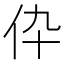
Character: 伜